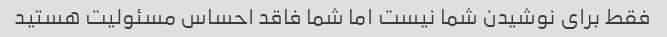
فقط برای نوشیدن شما نیست اما شما فاقد احساس مسئولیت هستید